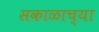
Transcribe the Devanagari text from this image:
सकाळाच्या